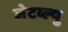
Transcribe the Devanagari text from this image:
जेटब्ल्यु